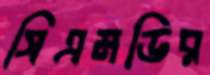
সিএমডির